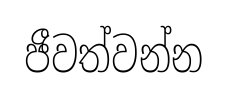
ජීවත්වන්න